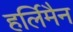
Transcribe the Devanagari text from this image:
हर्लिमैन